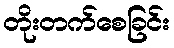
တိုးတက်စေခြင်း